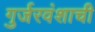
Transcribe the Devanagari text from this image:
गुर्जरवंशाची